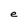
Character: e